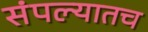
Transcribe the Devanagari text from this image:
संपल्यातच